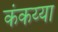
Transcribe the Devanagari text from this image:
कंकय्या